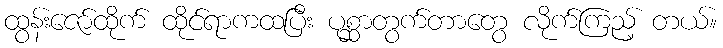
ထွန်းဇော်ထိုက် ထိုင်ရာကထပြီး ပုစ္ဆာတွက်တာတွေ လိုက်ကြည့် တယ်။